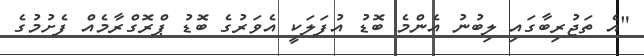
"އެ ތަޖުރިބާގައި ލިބުނު އެންމެ ބޮޑު އުފަލަކީ އެވަރުގެ ބޮޑު ޕްރޮގްރާމެއް ފެށުމުގެ